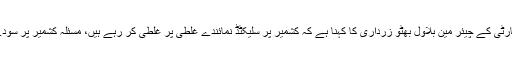
تفصیلات کے مطابق پاکستان پیپلز پارٹی کے چیئر مین بلاول بھٹو زرداری کا کہنا ہے کہ کشمیر پر سلیکٹڈ نمائندے غلطی پر غلطی کر رہے ہیں، مسئلہ کشمیر پر سودے بازی کوئی برداشت نہیں کرسکتا۔